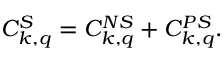
{ \cal C } _ { k , q } ^ { S } = { \cal C } _ { k , q } ^ { N S } + { \cal C } _ { k , q } ^ { P S } .